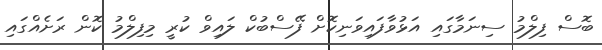
ބޮސް ފިލްމު ސިނަމާގައި އަޅުވާފައިވަނިކޮށް ފޭސްބުކް ލައިވް ކުރީ މިފިލްމު ކޮން ރަށެއްގައި